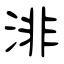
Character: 渄